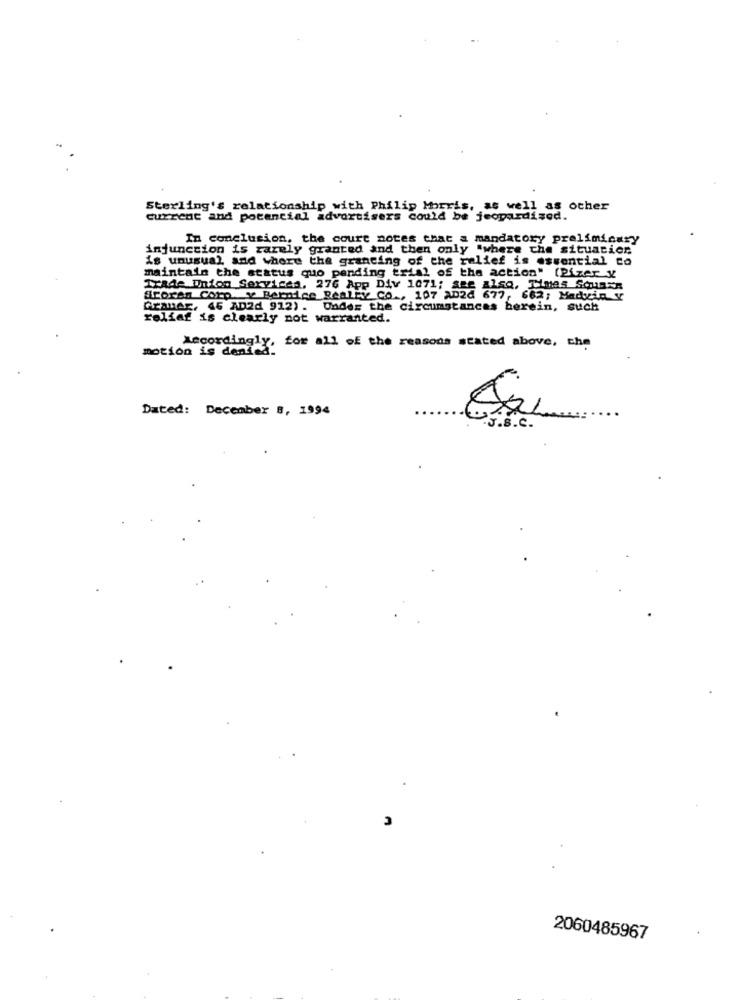
Sterling's relationship with Philip Morris, as well as ocher
current and potencial advertisers could be jeopardised.
In conclusion, the court notes that a mandatory preliminary
injunction is rarely granted and then only "where the situacier
is unusual and where the granting of the relief is essential to
maintain the status quo pending trial of the action" (Pizer y
Trade Union Services, 276 App Div 1071; see also, Times Square
Broren Corp y Bernice Really Co ., 107 AD2d 677, 662; Madyin V
GranAr, 46 AD2d 912). Under the circumstances berein, such
rolfaf is clearly not warranted.
motion is deni.a.
Accordingly, for all of the reasons stated above, the
Dated: December B, 1994
J.s.C.
2060485967